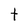
Character: t